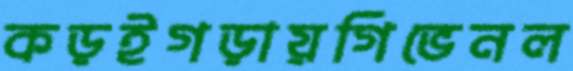
কড়ইগড়ায়গিভেনল